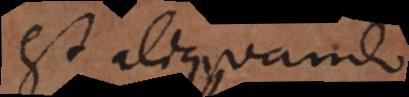
est aliquando